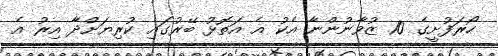
ހޯރަފުށީގެ 10 ޒުވާނުންނާ އެކު އެ އަތޮޅު ބޭރުގައި ކުރިޔަށްދާ އިރު އެ